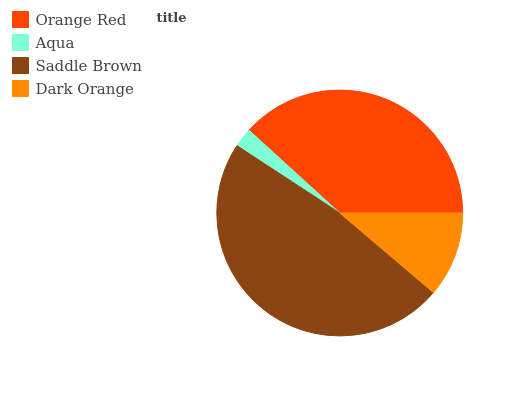
| Orange Red | Aqua | Saddle Brown | Dark Orange |
 | --- | --- | --- | --- |
 | 38.2% | 2.53% | 48.1% | 11.2% |